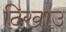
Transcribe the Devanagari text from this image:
दिखाउ